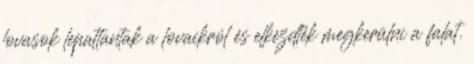
lovasok lepattantak a lovaikról és elkezdték megkerülni a falat.